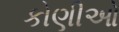
કોણીઓ